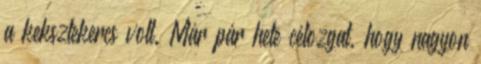
a keksztekercs volt. Már pár hete célozgat, hogy nagyon